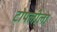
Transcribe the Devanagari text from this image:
टोपलीला